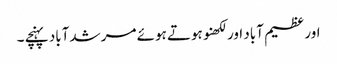
اور عظیم آباد اور لکھنو ہوتے ہوئے مرشدآباد پہنچے ۔